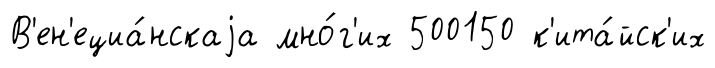
В'ен'ециа́нскаjа мно́г'их 500150 к'ита́йск'их